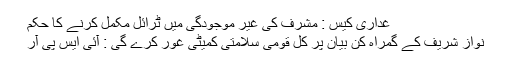
غداری کیس : مشرف کی غیر موجودگی میں ٹرائل مکمل کرنے کا حکم
نواز شریف کے گمراہ کن بیان پر کل قومی سلامتی کمیٹی غور کرے گی : آئی ایس پی آر